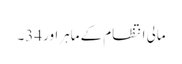
مالی انتظام کے ماہراور 34۔